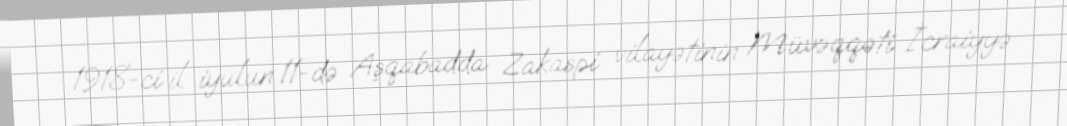
1918-ci il iyulun 11-də Aşqabadda Zakaspi vilayətinin Müvəqqəti İcraiyyə